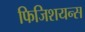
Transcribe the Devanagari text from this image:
फिजिशयन्स